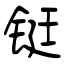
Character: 铤